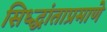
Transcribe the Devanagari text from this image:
सिध्द्धांताप्रमाणे